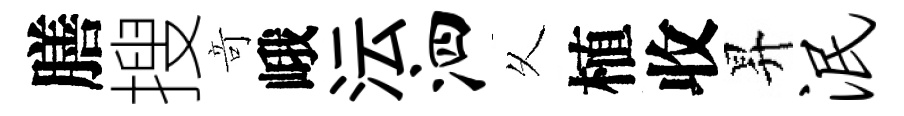
膳搜竒峨沄泗乆植收昇泯